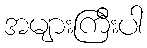
အများကြီးပါ